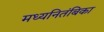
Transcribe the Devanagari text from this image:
मध्यनितंबिका